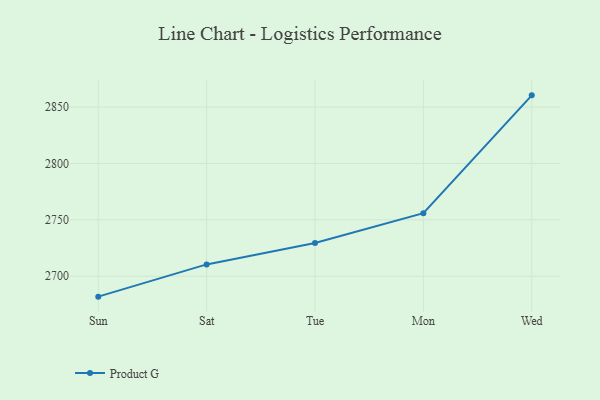
{"axis": {"x": "Day", "y": "Gross Profit (USD K)"}, "legend": ["Product G"], "data": [{"x": "Sun", "y": 2681.9, "type": "Product G"}, {"x": "Sat", "y": 2710.5, "type": "Product G"}, {"x": "Tue", "y": 2729.4, "type": "Product G"}, {"x": "Mon", "y": 2755.9, "type": "Product G"}, {"x": "Wed", "y": 2860.4, "type": "Product G"}]}